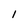
Character: l